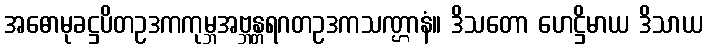
အဓောမုခဋ္ဌပိတဥဒကကုမ္ဘအဗ္ဘန္တရဂတဥဒကသဏ္ဌာနံ။ ဒိသတော ဟေဋ္ဌိမာယ ဒိသာယ